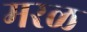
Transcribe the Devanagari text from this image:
मरळ